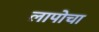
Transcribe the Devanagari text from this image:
लापोचा